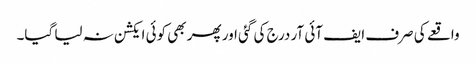
واقعے کی صرف ایف آئی آر درج کی گئی اور پھر بھی کوئی ایکشن نہ لیا گیا۔